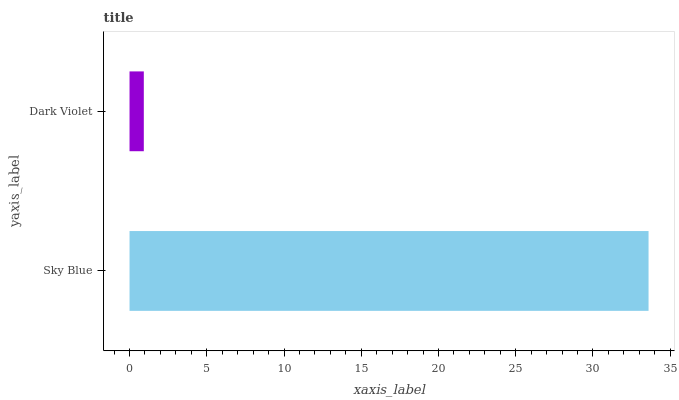
| yaxis_label | bars |
 | --- | --- |
 | Sky Blue | 33.6 |
 | Dark Violet | 0.925 |